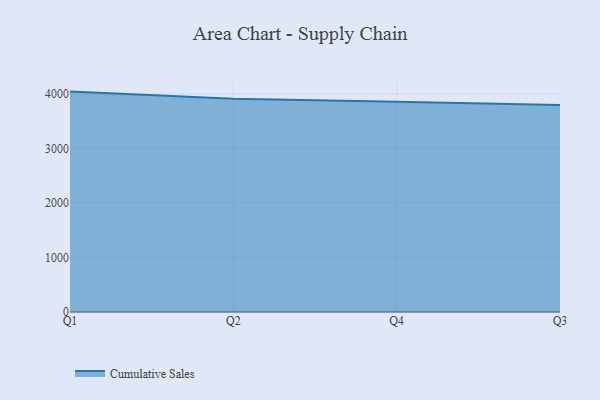
{"axis": {"x": "Quarter", "y": "Market Share (%)"}, "legend": ["Cumulative Sales"], "data": [{"x": "Q1", "y": 4043.5, "type": "Cumulative Sales"}, {"x": "Q2", "y": 3911.9, "type": "Cumulative Sales"}, {"x": "Q4", "y": 3855.9, "type": "Cumulative Sales"}, {"x": "Q3", "y": 3796.5, "type": "Cumulative Sales"}]}